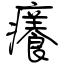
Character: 癢